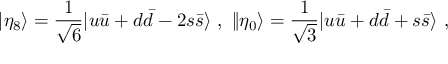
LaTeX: | \eta _ { 8 } \rangle = \frac { 1 } { \sqrt { 6 } } | u \bar { u } + d \bar { d } - 2 s \bar { s } \rangle \ , \ \| \eta _ { 0 } \rangle = \frac { 1 } { \sqrt { 3 } } | u \bar { u } + d \bar { d } + s \bar { s } \rangle \ ,